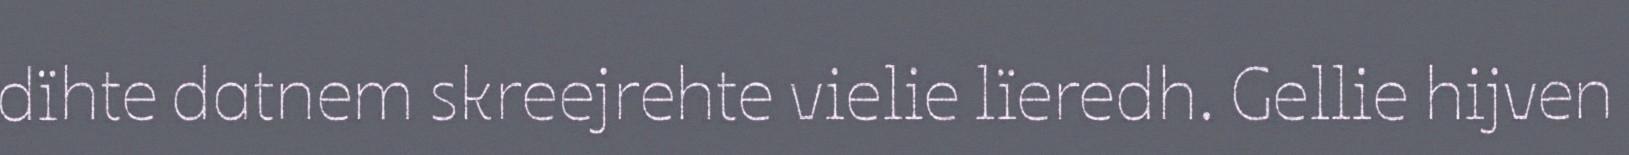
dïhte datnem skreejrehte vielie lïeredh. Gellie hijven